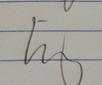
Signature authenticity: genuine